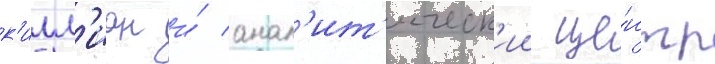
к'илл'иан и́ анал'ит'ическ'ии це́нтр